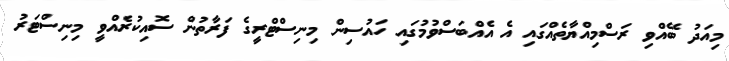
މިއަދު ބޭއްވި ރަސްމިއްޔާތެއްގައި އެ އެއްބަސްވުމުގައި ހައުސިން މިނިސްޓްރީގެ ފަރާތުން ސޮއިކުރެއްވީ މިނިސްޓަރު